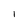
Character: I